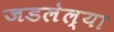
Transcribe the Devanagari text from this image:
जडलेल्या